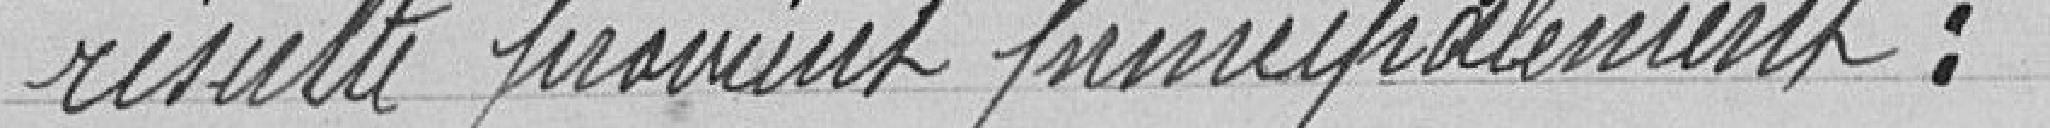
résulte provient principalement :